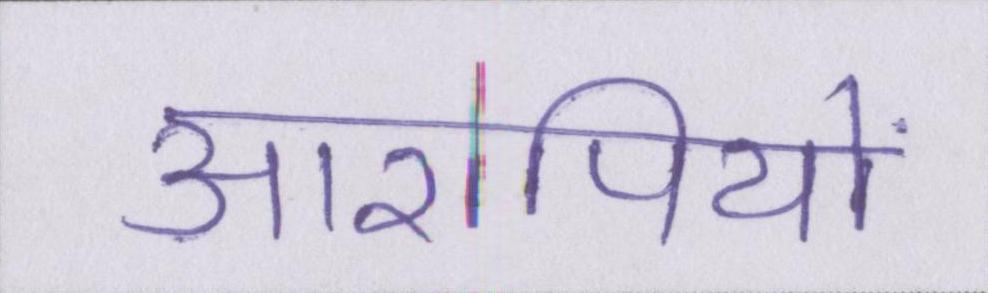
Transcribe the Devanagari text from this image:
आरोपियों